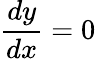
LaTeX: \frac{dy}{dx}=0